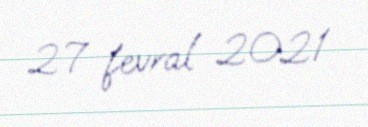
27 fevral 2021